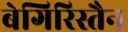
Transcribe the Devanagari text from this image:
बेगिरिस्तैन